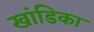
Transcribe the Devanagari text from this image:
खांडिका